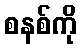
စနစ်ကို